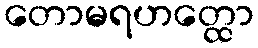
တောမရဟတ္ထော